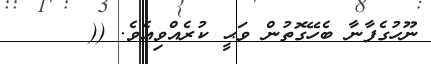
ނޫހުގެފާނާ ބެހޭގޮތުން ވަޙީ ކުރެއްވިއެވެ. ((